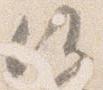
候